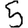
Digit: 5